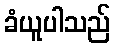
ခံယူပါသည်